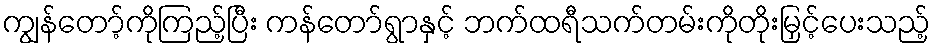
ကျွန်တော့်ကိုကြည့်ပြီး ကန်တော်ရွာနှင့် ဘက်ထရီသက်တမ်းကိုတိုးမြှင့်ပေးသည့်